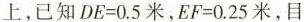
上，已知$$DE=0.5米$$，$$EF=0.25米$$，目